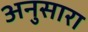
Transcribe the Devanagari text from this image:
अनुसारा